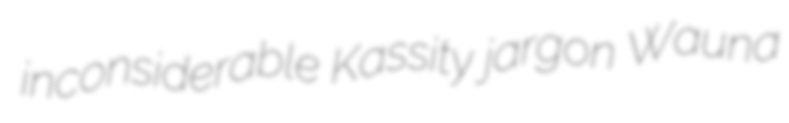
inconsiderable Kassity jargon Wauna